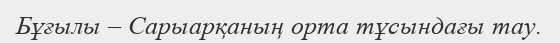
Бұғылы – Сарыарқаның орта тұсындағы тау.